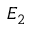
E _ { 2 }